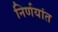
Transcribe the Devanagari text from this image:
निर्णयांत